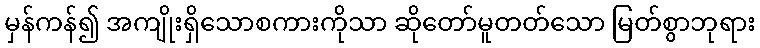
မှန်ကန်၍ အကျိုးရှိသောစကားကိုသာ ဆိုတော်မူတတ်သော မြတ်စွာဘုရား